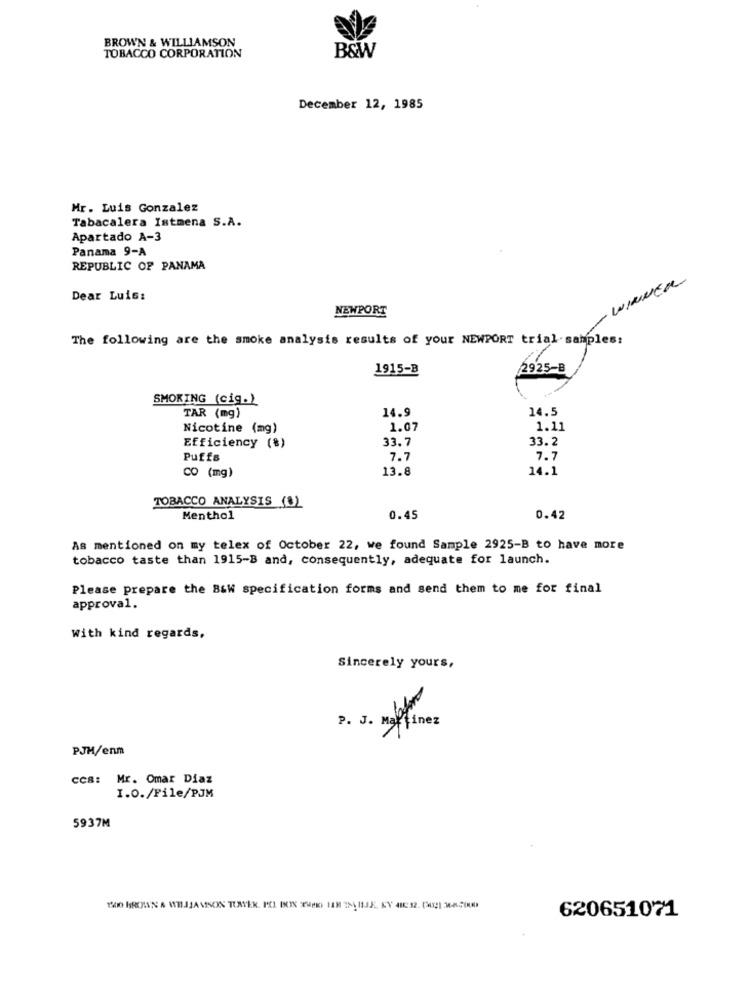
BROWN & WILLIAMSON
B&W
TOBACCO CORPORATION
December 12, 1985
Mr. Luis Gonzalez
Tabacalera Istmena S.A.
Apartado A-3
Panama 9-A
REPUBLIC OF PANAMA
- WINNER
Dear Luis:
NEWPORT
The following are the smoke analysis results of your NEWPORT trial samples:
1915-B
2925-B
SMOKING (cig.)
TAR (mg)
14.9
14.5
Nicotine (mg)
1.07
1.11
33.7
33.2
Efficiency (%)
Puffs
7.7
7.7
13.8
14.1
CO (mg)
TOBACCO ANALYSIS (8)
Menthol
0.45
0.42
As mentioned on my telex of October 22, we found Sample 2925-B to have more
tobacco taste than 1915-B and, consequently, adequate for launch.
Please prepare the B&W specification forms and send them to me for final
approval.
With kind regards,
Sincerely yours,
P. J. mapfor
PJM/enm
CCB: Mr. Omar Diaz
I.O./File/PJM
5937M
620651071